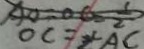
O C = \angle A C